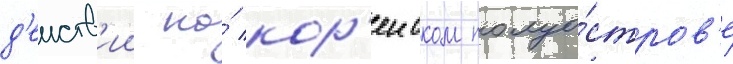
д'еиств'ии на́ кор'еиском полуо́стров'е